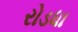
રોડધા